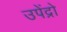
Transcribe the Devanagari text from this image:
उपेंद्रो